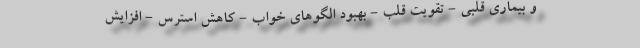
و بیماری قلبی - تقویت قلب - بهبود الگوهای خواب - کاهش استرس - افزایش